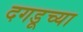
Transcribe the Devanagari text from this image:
दगडूच्या